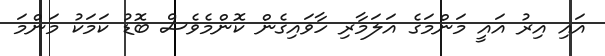
އައި އިރު އައީ މަންމަގެ އަލަމާރި ހާވައިގެން ކޮންމެވެސް ބޮޑު ކަމަކު މަންމަ